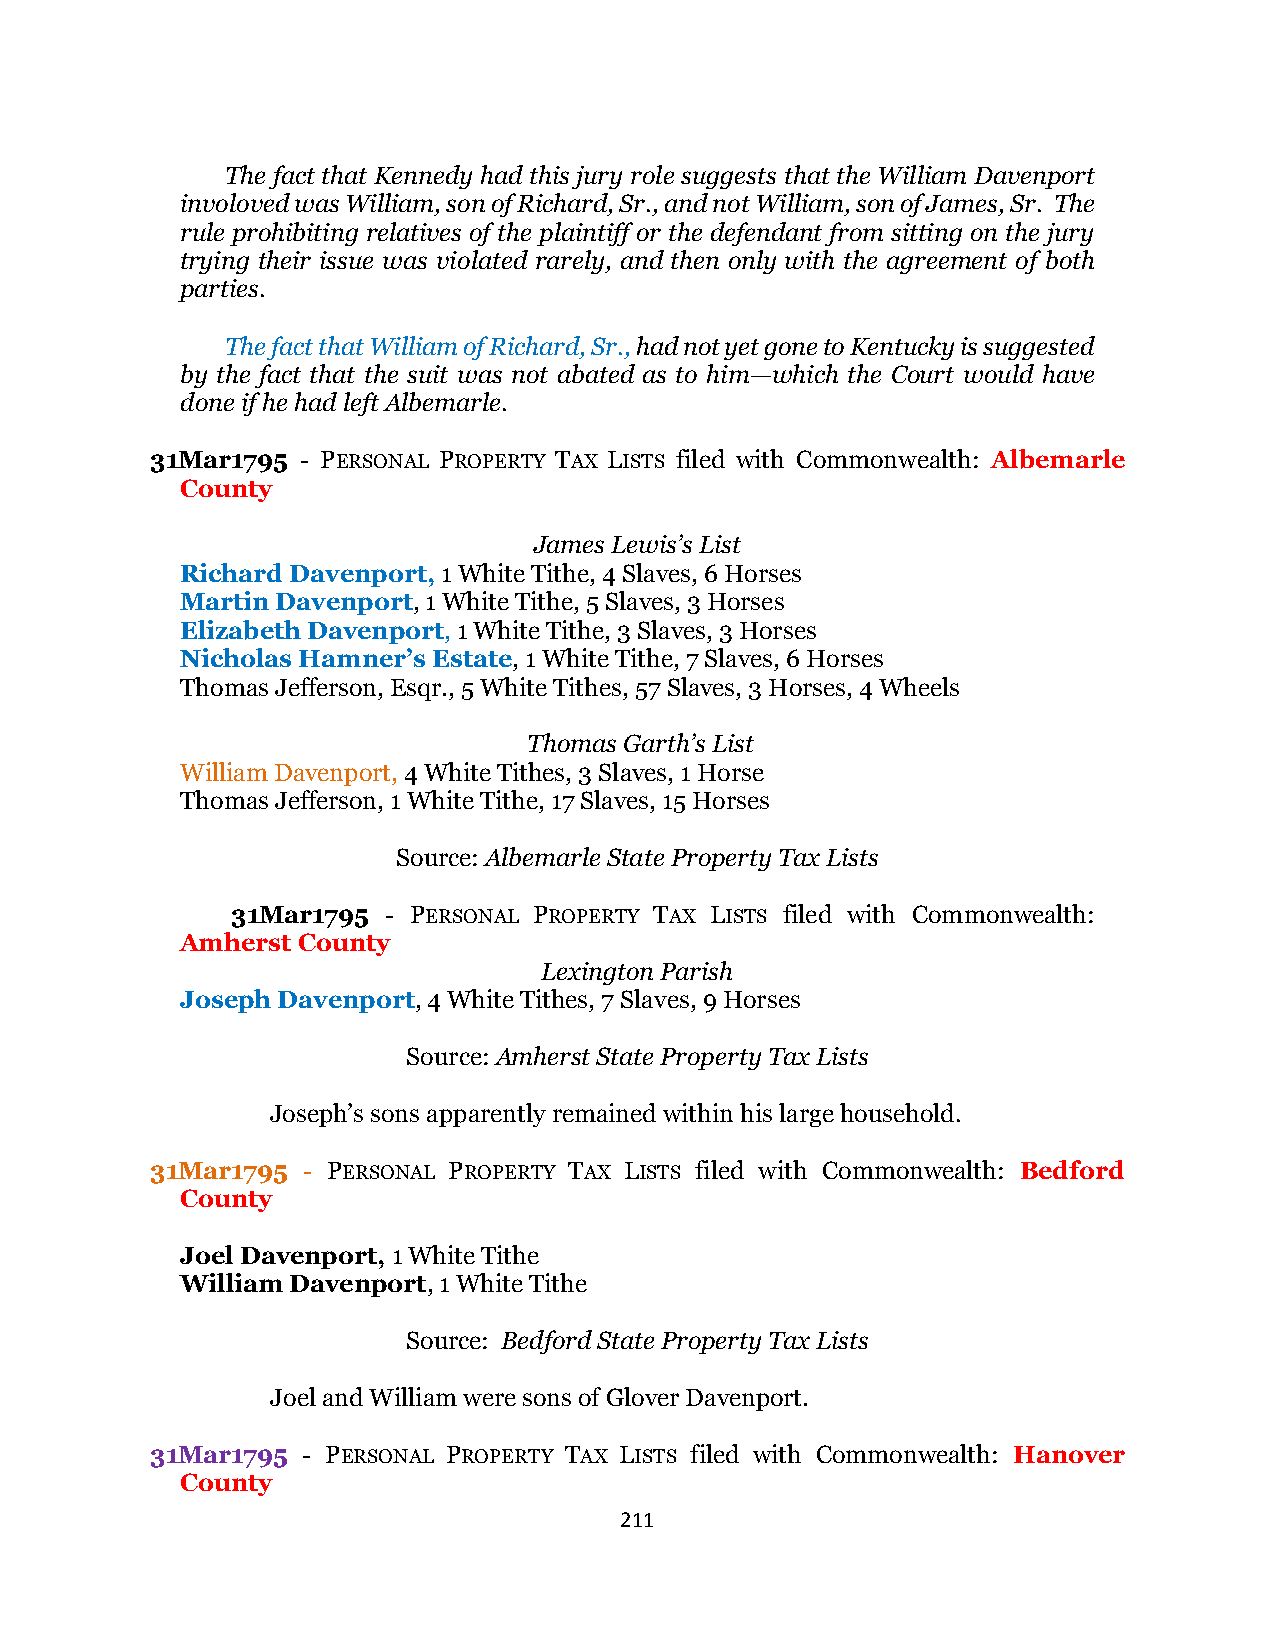
The fact that Kennedy had this jury role suggests that the William Davenport
 involoved was William, son of Richard, Sr., and not William, son of James, Sr. The
 rule prohibiting relatives of the plaintiff or the defendant from sitting on the jury
 trying their issue was violated rarely, and then only with the agreement of both
 parties.
 The fact that William of Richard, Sr., had not yet gone to Kentucky is suggested
 by the fact that the suit was not abated as to him—which the Court would have
 done if he had left Albemarle.
 31Mar1795 - PERSONAL PROPERTY TAX LISTS filed with Commonwealth: Albemarle
 County
 James Lewis’s List
 Richard Davenport, 1 White Tithe, 4 Slaves, 6 Horses
 Martin Davenport, 1 White Tithe, 5 Slaves, 3 Horses
 Elizabeth Davenport, 1 White Tithe, 3 Slaves, 3 Horses
 Nicholas Hamner’s Estate, 1 White Tithe, 7 Slaves, 6 Horses
 Thomas Jefferson, Esqr., 5 White Tithes, 57 Slaves, 3 Horses, 4 Wheels
 Thomas Garth’s List
 William Davenport, 4 White Tithes, 3 Slaves, 1 Horse
 Thomas Jefferson, 1 White Tithe, 17 Slaves, 15 Horses
 Source: Albemarle State Property Tax Lists
 31Mar1795  - PERSONAL PROPERTY TAX LISTS filed with Commonwealth:
 Amherst County
 Lexington Parish
 Joseph Davenport, 4 White Tithes, 7 Slaves, 9 Horses
 Source: Amherst State Property Tax Lists
 Joseph’s sons apparently remained within his large household.
 31Mar1795 - PERSONAL PROPERTY TAX LISTS filed with Commonwealth: Bedford
 County
 Joel Davenport, 1 White Tithe
 William Davenport, 1 White Tithe
 Source: Bedford State Property Tax Lists
 Joel and William were sons of Glover Davenport.
 31Mar1795 - PERSONAL PROPERTY TAX LISTS filed with Commonwealth: Hanover
 County
 211